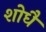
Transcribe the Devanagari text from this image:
शोधै